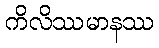
ကိလိဿမာနဿ